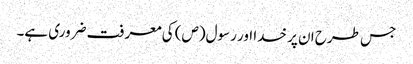
جس طرح ان پر خدا اور رسول(ص) کی معرفت ضروری ہے۔